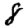
Digit: 8